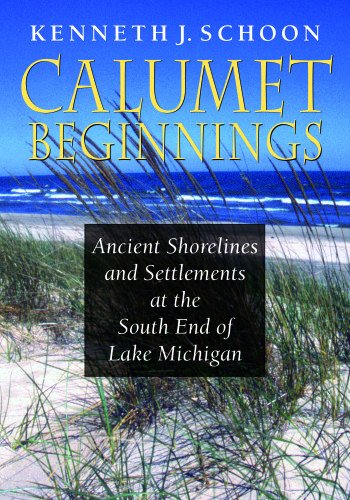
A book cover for Calumet Beginnings: Ancient Shorelines and Settlements at the South End of Lake Michigan; Kenneth J. Schoon; Science & Math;